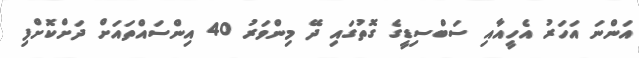
އަންނަ އަހަރު އެހީއާއި ސަބްސިޑީގެ ގޮތުގައި ދޭ މިންވަރު 40 އިންސައްތައަށް ދަށްކޮށްފި